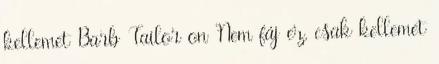
kellemet Barb Tailor on Nem fáj ez, csak kellemet